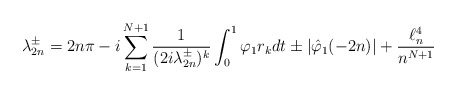
\begin{align*}\lambda_{2n}^\pm =2n\pi -i\sum_{k=1}^{N+1}\frac{1}{(2i\lambda_{2n}^\pm)^k}\int_0^1 \varphi_1r_k dt \pm|\hat \varphi_1(-2n)| +\frac{\ell^4_n }{n^{N+1}}\end{align*}